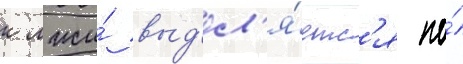
к лжи́ выд'ел'я́етс'я по́